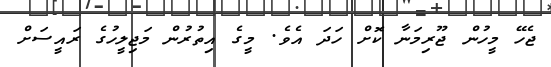
ޖެހޭ މީހުން ޖޫރިމަނާ ކޮށް ހަދަ އެވެ. މީގެ އިތުރުން މަޖިލީހުގެ ރައީސަށް